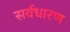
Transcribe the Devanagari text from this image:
सर्वधारण